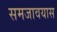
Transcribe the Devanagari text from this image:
समजावयास